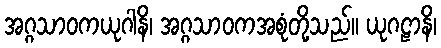
အဂ္ဂသာဝကယုဂါနိ၊ အဂ္ဂသာဝကအစုံတို့သည်။ ယုဂဠာနိ၊